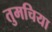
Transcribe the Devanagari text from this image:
तुमचिया